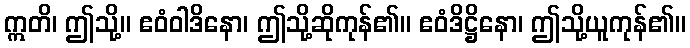
ဣတိ၊ ဤသို့။ ဧဝံဝါဒိနော၊ ဤသို့ဆိုကုန်၏။ ဧဝံဒိဋ္ဌိနော၊ ဤသို့ယူကုန်၏။